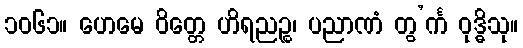
၁၀၆၁။ ဟေမေ ဝိတ္တေ ဟိရညဉ္စ၊ ပညာဏံ တွ’င်္က ဝုဒ္ဓိသု။